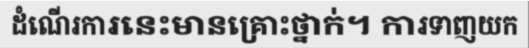
ដំណើរការនេះមានគ្រោះថ្នាក់។ ការទាញយក